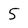
Character: 5